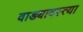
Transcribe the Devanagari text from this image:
वाड्यावस्त्या